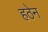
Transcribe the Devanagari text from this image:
हठेन